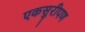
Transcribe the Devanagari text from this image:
एकसुरीपण